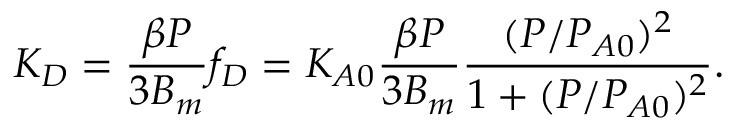
K _ { D } = \frac { \beta P } { 3 B _ { m } } f _ { D } = K _ { A 0 } \frac { \beta P } { 3 B _ { m } } \frac { ( P / P _ { A 0 } ) ^ { 2 } } { 1 + ( P / P _ { A 0 } ) ^ { 2 } } .